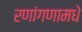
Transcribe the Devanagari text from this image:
रणांगणामधे